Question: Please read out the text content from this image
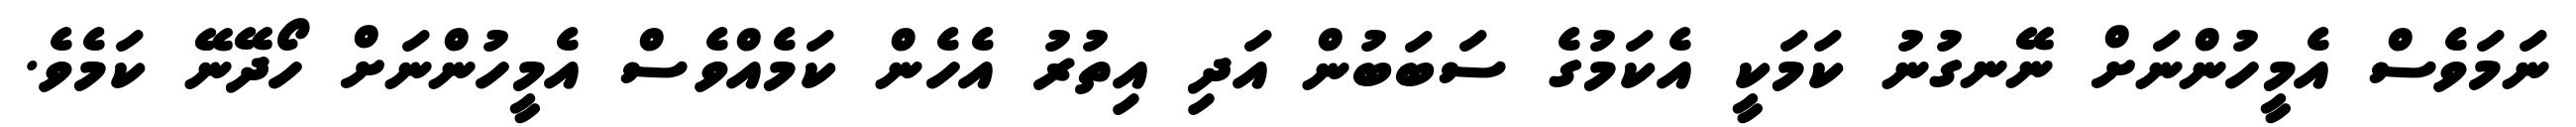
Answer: ނަމަވެސް އެމީހުންނަށް ނޭނގުނު ކަމަކީ އެކަމުގެ ސަބަބުން އަދި އިތުރު އެހެން ކަމެއްވެސް އެމީހުންނަށް ހޯދޭނޭ ކަމެވެ.